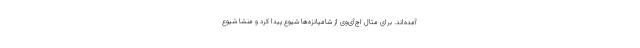
آمده‌اند. برای مثال اچ‌آی‌وی از شامپانزه‌ها شیوع پیدا کرد و منشا شیوع